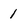
Character: 1